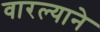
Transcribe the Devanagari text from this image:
वारल्याने